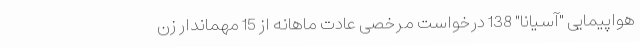
هواپیمایی "آسیانا" 138 درخواست مرخصی عادت ماهانه از 15 مهماندار زن